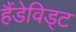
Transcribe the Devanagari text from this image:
हैंडेविड्ट